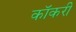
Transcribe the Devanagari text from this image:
कॉकरी